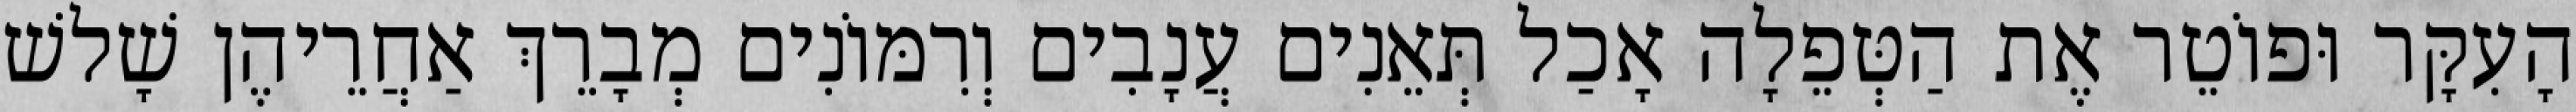
הָעִקָּר וּפוֹטֵר אֶת הַטְּפֵלָה אָכַל תְּאֵנִים עֲנָבִים וְרִמּוֹנִים מְבָרֵךְ אַחֲרֵיהֶן שָׁלשׁ